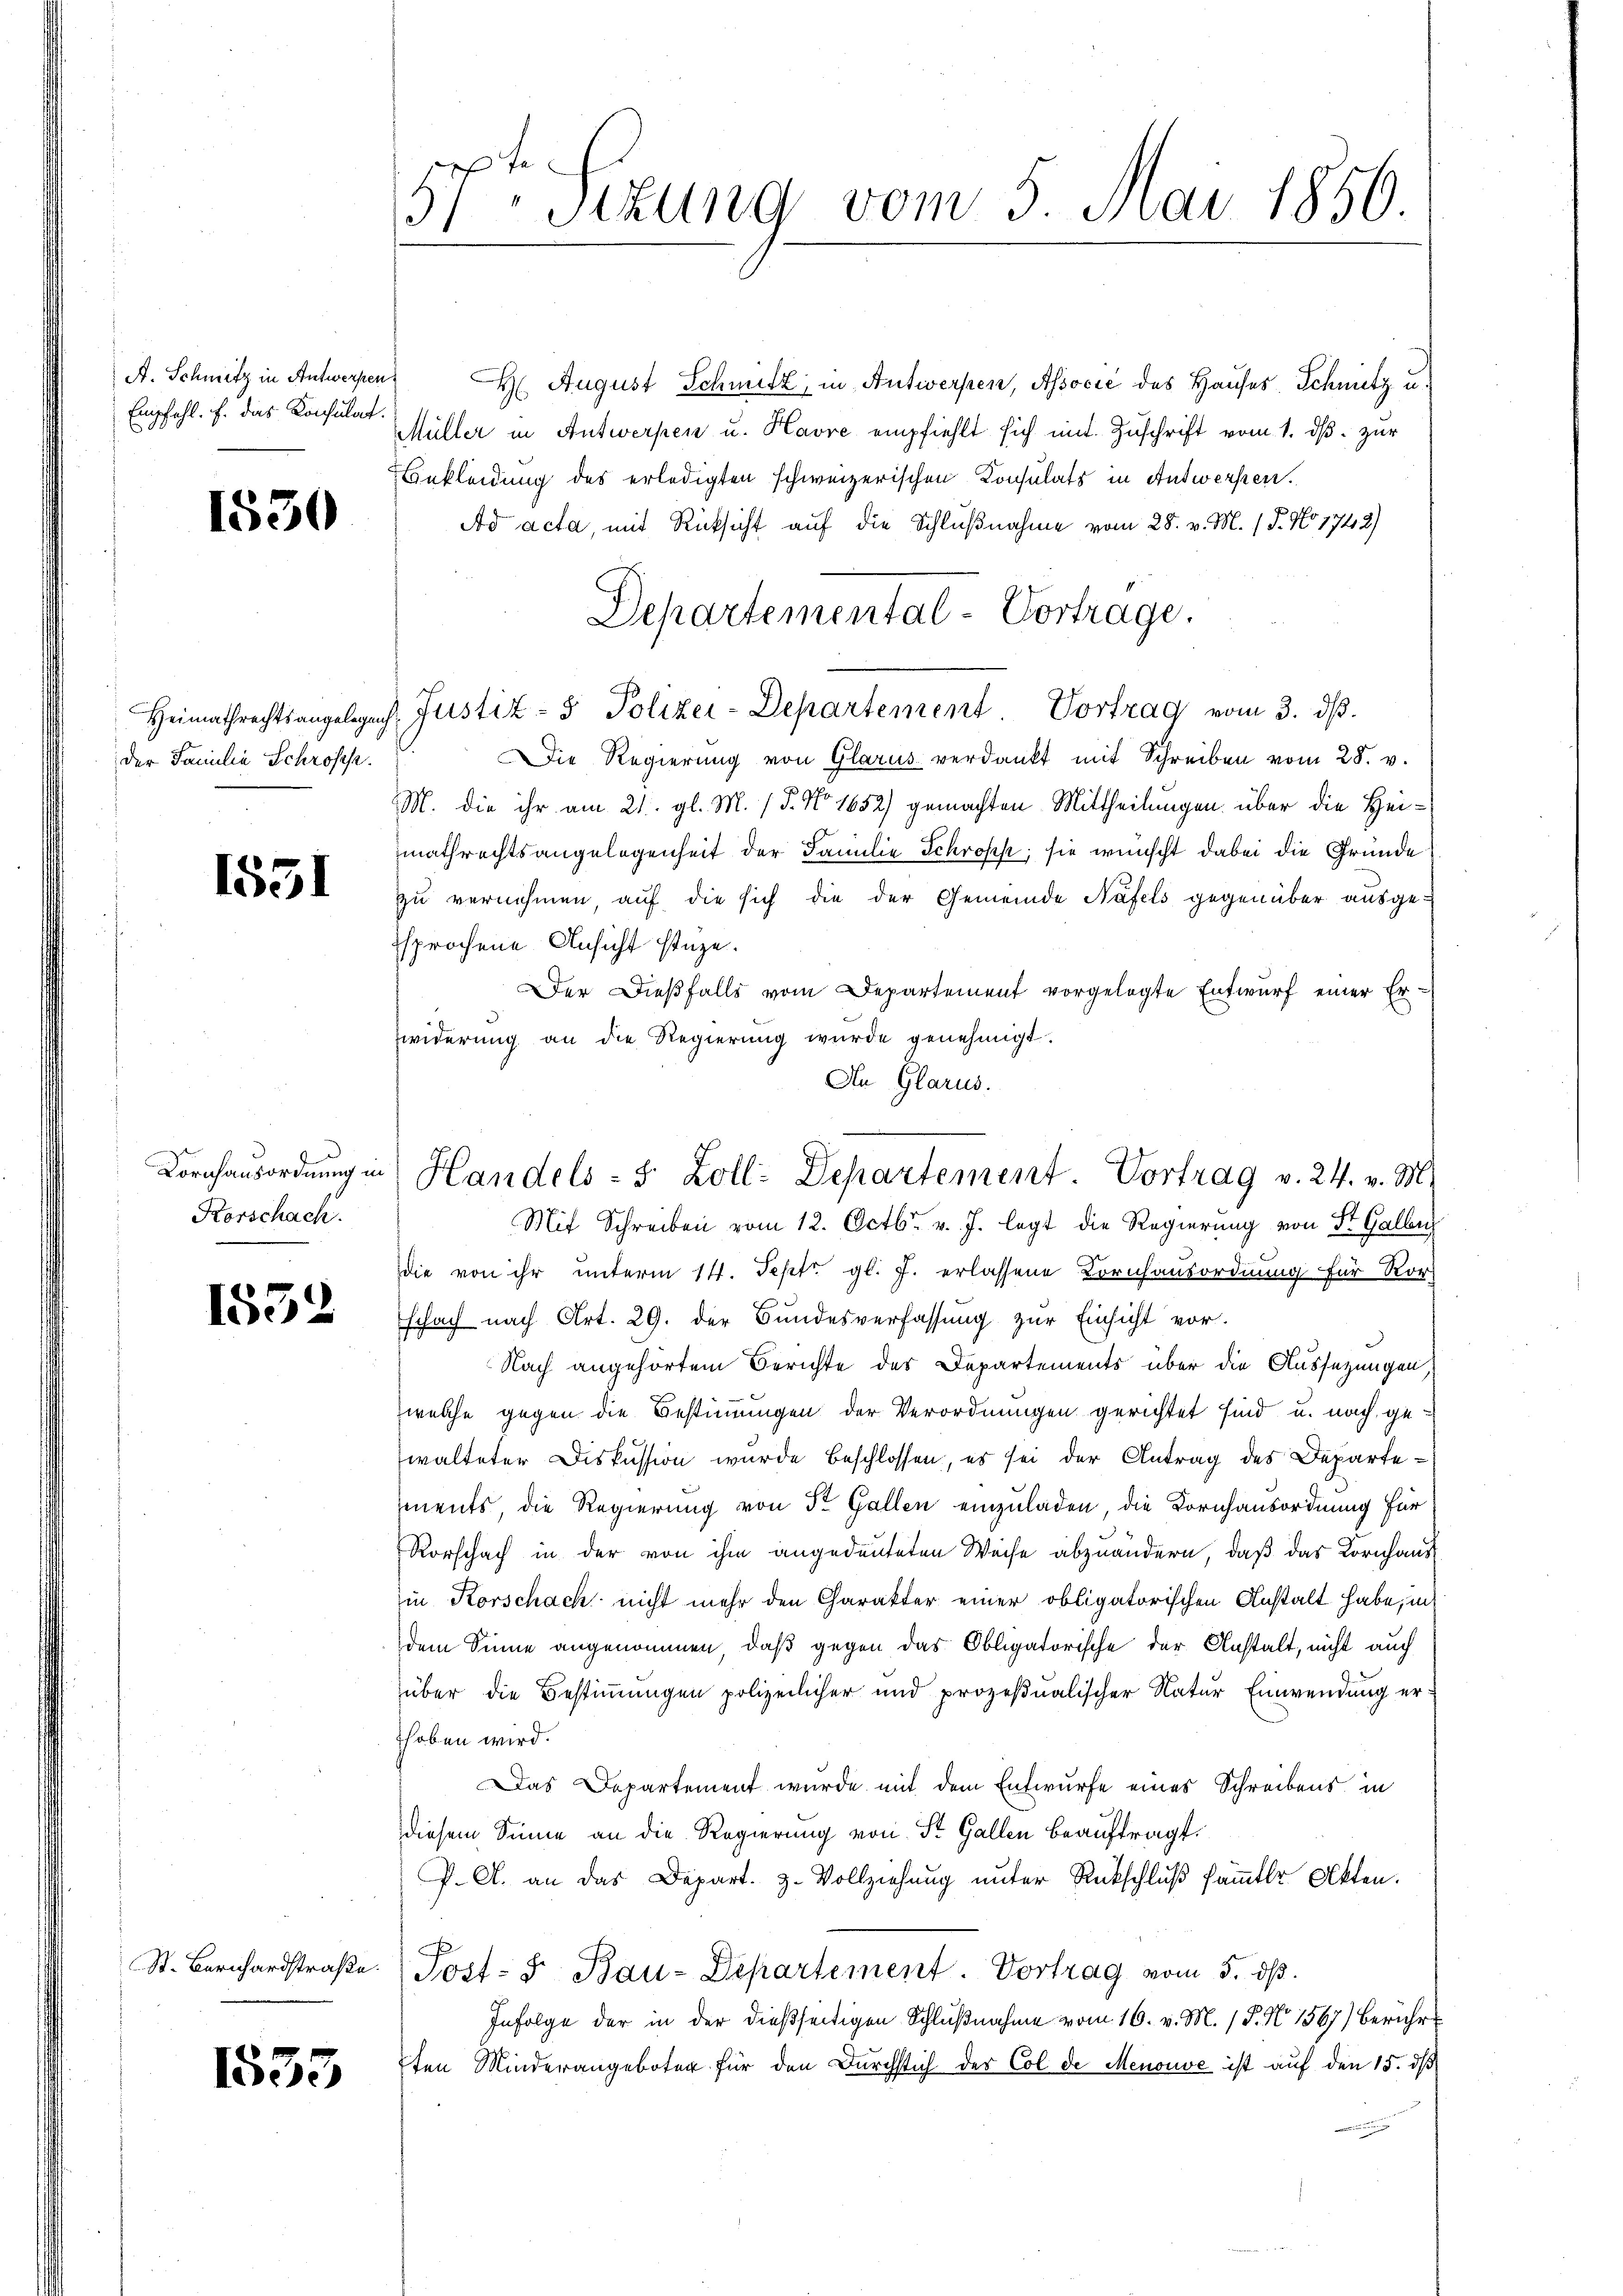
A. Schmitz in Antwerfen.
Empfehl. F. das Consulat.

1530

der Familie Schrofes

1551

Kornhausordnung in
Korschach.

1552

St. Bernhardstraße.

1533

57ten Sizung vom 5. Mai 1856.

August Schmitz in Antwerpen, Associé des Hauses Schnitz u.
Müller in Antwerpen u. Havre empfiehlt sich mit Zŭschrift vom 1. dβ zŭr
Bekleidung des erledigten schweizerischen Konsulats in Antwerfen.
Ad acta, mit Rücksicht auf die Schlußnahme vom 28. v. M. (T. No 1742)
Die Regierung von Glarus verdankt mit Schreiben vom 28. v.
M. die ihr am 21. gl. M. 18. No. 1652) gemachten Mittheilungen über die Heimathrechtsangelegenheit der Familie Schröpf; sie wünscht dabei die Gründe
zu vernehmen, auf die sich die der Gemeinde Näfels gegenüber ausgesprochene Ansicht stüze.
Der Dießfalls vom Departement vorgelegte Entwurf einer Erwiderung an die Regierung wurde genehmigt.
An Glarus.
Mit Schreiben vom 12. Octbr. v. J. legt die Regierung von St. Gallen
die von ihr unterm 14. Sept. gl. J. erlassene Kornhausordnung für Ror
schach nach Art. 29. der Bundesverfassung zur Einsicht vor.
Nach angehörtem Berichte des Departements über die Aussetzungen
welche gegen die Bestimmungen der Verordnungen gerichtet sind u. nach gewalteter Diskussion wurde beschlossen, es sei der Antrag des Departements, die Regierung von St. Gallen einzuladen, die Kornhausordnung für
Rorschach in der von ihm angedeuteten Weise abzuändern, daß das Kornhausin Korschach nicht mehr den Charakter einer obligatorischen Anstalt habe, in
dem Sinne angenommen, daß gegen das Obligatorische der Anstalt, nicht auch
über die Bestimmungen polizeilicher und prozeßualischer Natur Einwendung er
thoben wird.
Das Departement wurde mit dem Entwurfe eines Schreibens in
diesem Sinne an die Regierung von St. Gallen beauftragt.
P. A. an das Depart. 3. Vollziehung unter Rückschluß sammter Akten.
Post-S. Bau-Departement. Vortrag vom 5. dß.
Infolge der in der dießseitigen Schlußnahme vom 16. v. M. 1 P. No 1567) berühr
7ten Minderangeboten für den Durchstich der Col de Menouve ist auf den 15. ds

Departemental-Vortrage.
Heimathrechtsangelegen Justiz- & Polizei-Departement. Vortrag vom 3. dβ.

Handels- 5 Zoll: Departement. Vortrag v. 24. v. M.